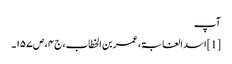
آپ
[1] اسد الغابۃ ، عمر بن الخطاب ، ج۴ ، ص۱۵۷۔